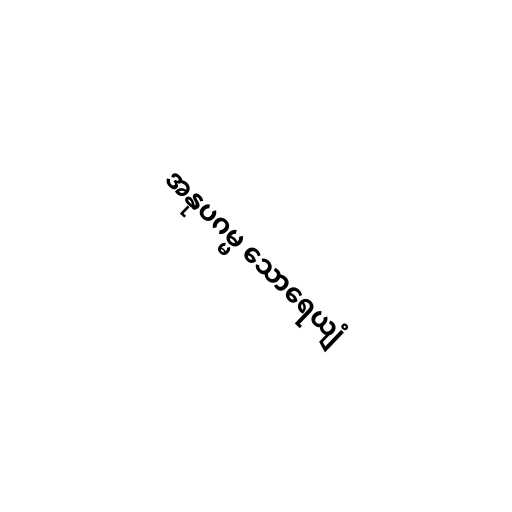
အနုပဂမ္မ သောရေယျံ